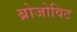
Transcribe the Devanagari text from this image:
ब्रोजोविट